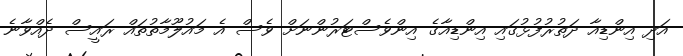
އަދި އިންޑިއާ ދަތުރުފުޅުގައި އިންޑިއާގެ އިންވެސްޓަރުންނަށް ވެސް އެ މައުލޫމާތުތައް ރައީސް ދެއްވާނެ